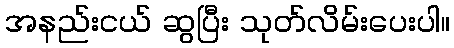
အနည်းငယ် ဆွပြီး သုတ်လိမ်းပေးပါ။